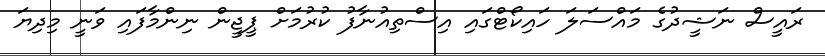
ރައީސް ނަޝީދުގެ މައްސަލަ ހައިކޯޓްގައި އިސްތިއުނާފު ކުރުމަށް ޕީޖީން ނިންމާފައި ވަނީ މިިދިޔަ